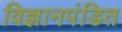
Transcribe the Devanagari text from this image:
विज्ञानपंडित